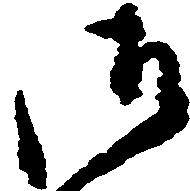
御